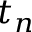
t _ { n }